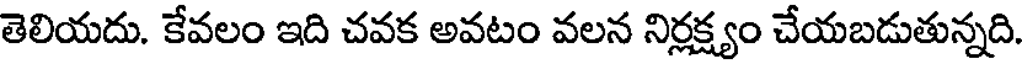
తెలియదు. కేవలం ఇది చవక అవటం వలన నిర్లక్ష్యం చేయబడుతున్నది.